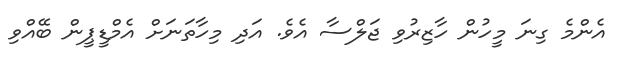
އެންމެ ގިނަ މީހުން ހާޒިރުވި ޖަލްސާ އެވެ. އަދި މިހާތަނަށް އެމްޑީޕީން ބޭއްވި